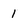
Character: 1